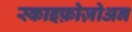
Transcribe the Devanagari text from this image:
स्काइफ़ोज़ोअन